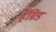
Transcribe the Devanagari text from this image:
हॅग्रिड